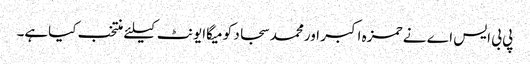
پی بی ایس اے نے حمزہ اکبر اورمحمد سجاد کو میگاایونٹ کیلئے منتخب کیاہے۔